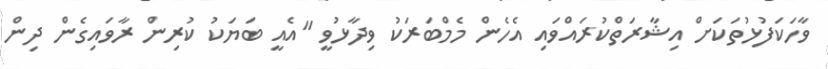
ވާހަކަފުޅުތަކަށް އިޝާރަތްކުރައްވައި އެހެން މެމްބަރަކު ވިދާޅުވީ "އެއީ ބަޔަކު ކުރިން ރާވައިގެން ދިން